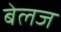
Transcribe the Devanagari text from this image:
बेलज